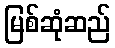
မြစ်ဆုံဆည်